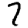
Digit: 7